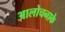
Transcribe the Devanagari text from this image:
आलोचनाके